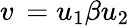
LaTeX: v\, =u_{1}\beta u_{2}